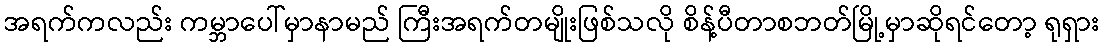
အရက်ကလည်း ကမ္ဘာပေါ်မှာနာမည် ကြီးအရက်တမျိုးဖြစ်သလို စိန့်ပီတာစဘတ်မြို့မှာဆိုရင်တော့ ရုရှား